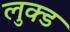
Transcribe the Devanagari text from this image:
लुक्ड